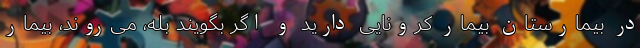
در بیمارستان بیمار کرونایی دارید و اگر بگویند بله، می‌روند، بیمار